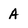
Character: A